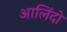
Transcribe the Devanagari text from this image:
आलिंदों